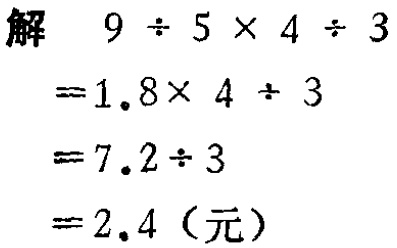
解
\[
\begin{align*}
&9\div5\times4\div3\\
=&1.8\times 4\div 3\\
=&7.2\div 3\\
=&2.4（元）
\end{align*}
\]